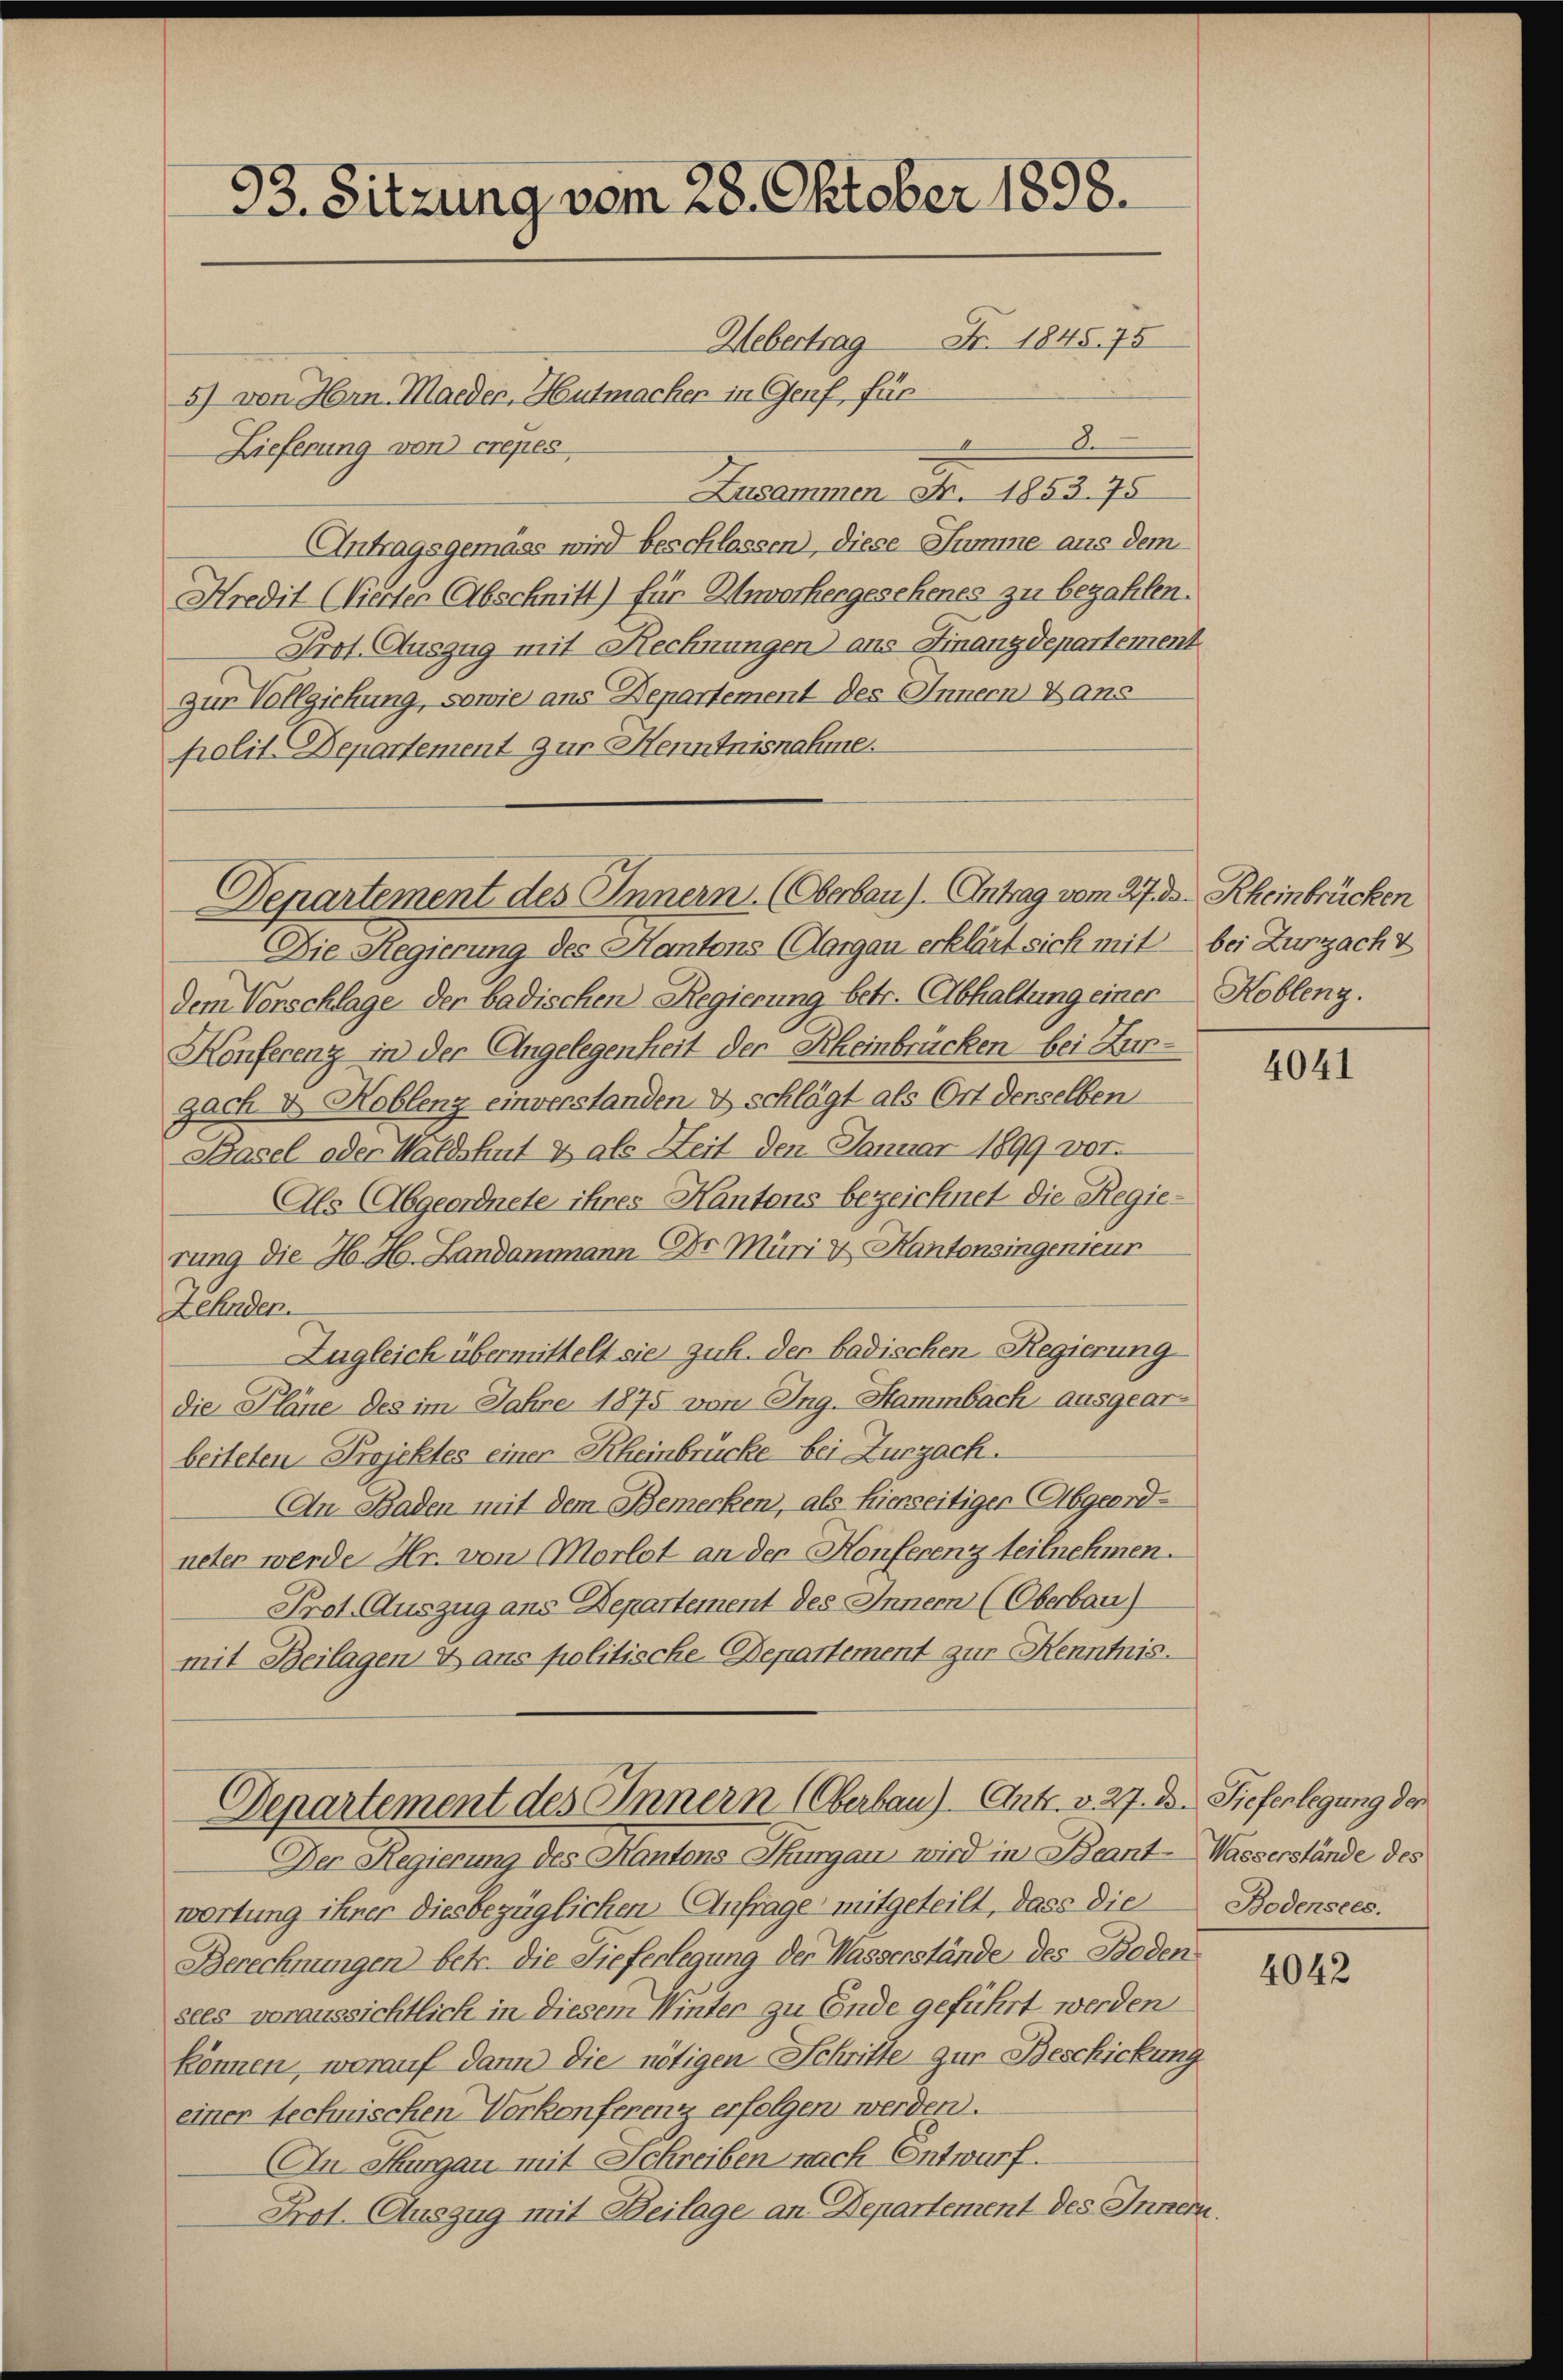
93. Sitzung vom 28. Oktober 1898.
Uebertrag Fr. 1845. 75

5) von Hrn. Maeder, Hutmacher in Genf, für
De
x
Lieferung von crepes
Zusammen Fr. 1853. 75
Antragsgemäss wird beschlassen, diese Summe aus dem
Hredit (Vierter Abschnitt) für Unworhergesehenes zu bezahlen.
Prof. Auszug mit Rechnungen aus Finanzdepartement
zur Vollziehung, sowie aus Departement des Innern Hans
polit. Departement zur Henntnisnahme.
Die Regierung des Kantons Aargau erklärt sich mit bei Zurzach V
dem Vorschlage der badischen Regierung betr. Abhaltung einer Koblenz.
Konferenz in der Angelegenheit der Rheinbrücken bei Hunzach & Koblenz einverstanden & schlägt als Ort derselben
Basel oder Waldshut & als Zeit den Januar 1899 vor.
Als Abgeordnete ihres Kantons bezeichnet die Regierung die H. H. Landammann Dr Müri & Kantonsingenieur
Lehnden.
Zugleich übermittelt sie zuh. der badischen Regierung
die Pläne des im Jahre 1875 von Ing. Hammbach ausgearbeiteten Projektes einer Rheinbrücke bei Zurzach.
An Baden mit dem Bemerken, als hierseitiger Abgeordneter werde Hr. von Morlot an der Honferenz teilnehmen.
Prot. Auszug aus Departement des Innern (Oberbau)
mit Beilagen & ans politische Departement zur Kenntnis.
Departement des Innern (Oberbau) Ant. v. 27. d. Tieferlegung der
Der Regierung des Kantons Thurgau, wird in Beant-Wasserstände des
wortung ihner diesbezüglichen Anfrage mitgeteilt, dass die
Berechnungen betr. die Tieferlegung der Wasserstände des Boden
sees voraussichtlich in diesem Winter zu Ende geführt werden
können, worauf dann die nötigen Schritte zur Beschickung
einer technischen Vorkonferenz erfolgen werden.
In Thurgau mit Schreiben nach Entwurf.
Prot. Auszug mit Beilage an Departement des Innern.

Departement des Innern. (Oberbau). Antrag vom 27. ds. Rheinbrücken

4041

Bodensees.

4042